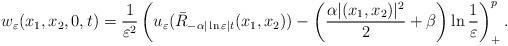
LaTeX: \begin{align*}w_\varepsilon(x_1,x_2,0,t)=\frac{1}{\varepsilon^2}\left( u_\varepsilon(\bar{R}_{-\alpha|\ln\varepsilon| t}(x_1,x_2))-\left( \frac{\alpha|(x_1,x_2)|^2}{2}+\beta\right)\ln\frac{1}{\varepsilon}\right)^p_+.\end{align*}